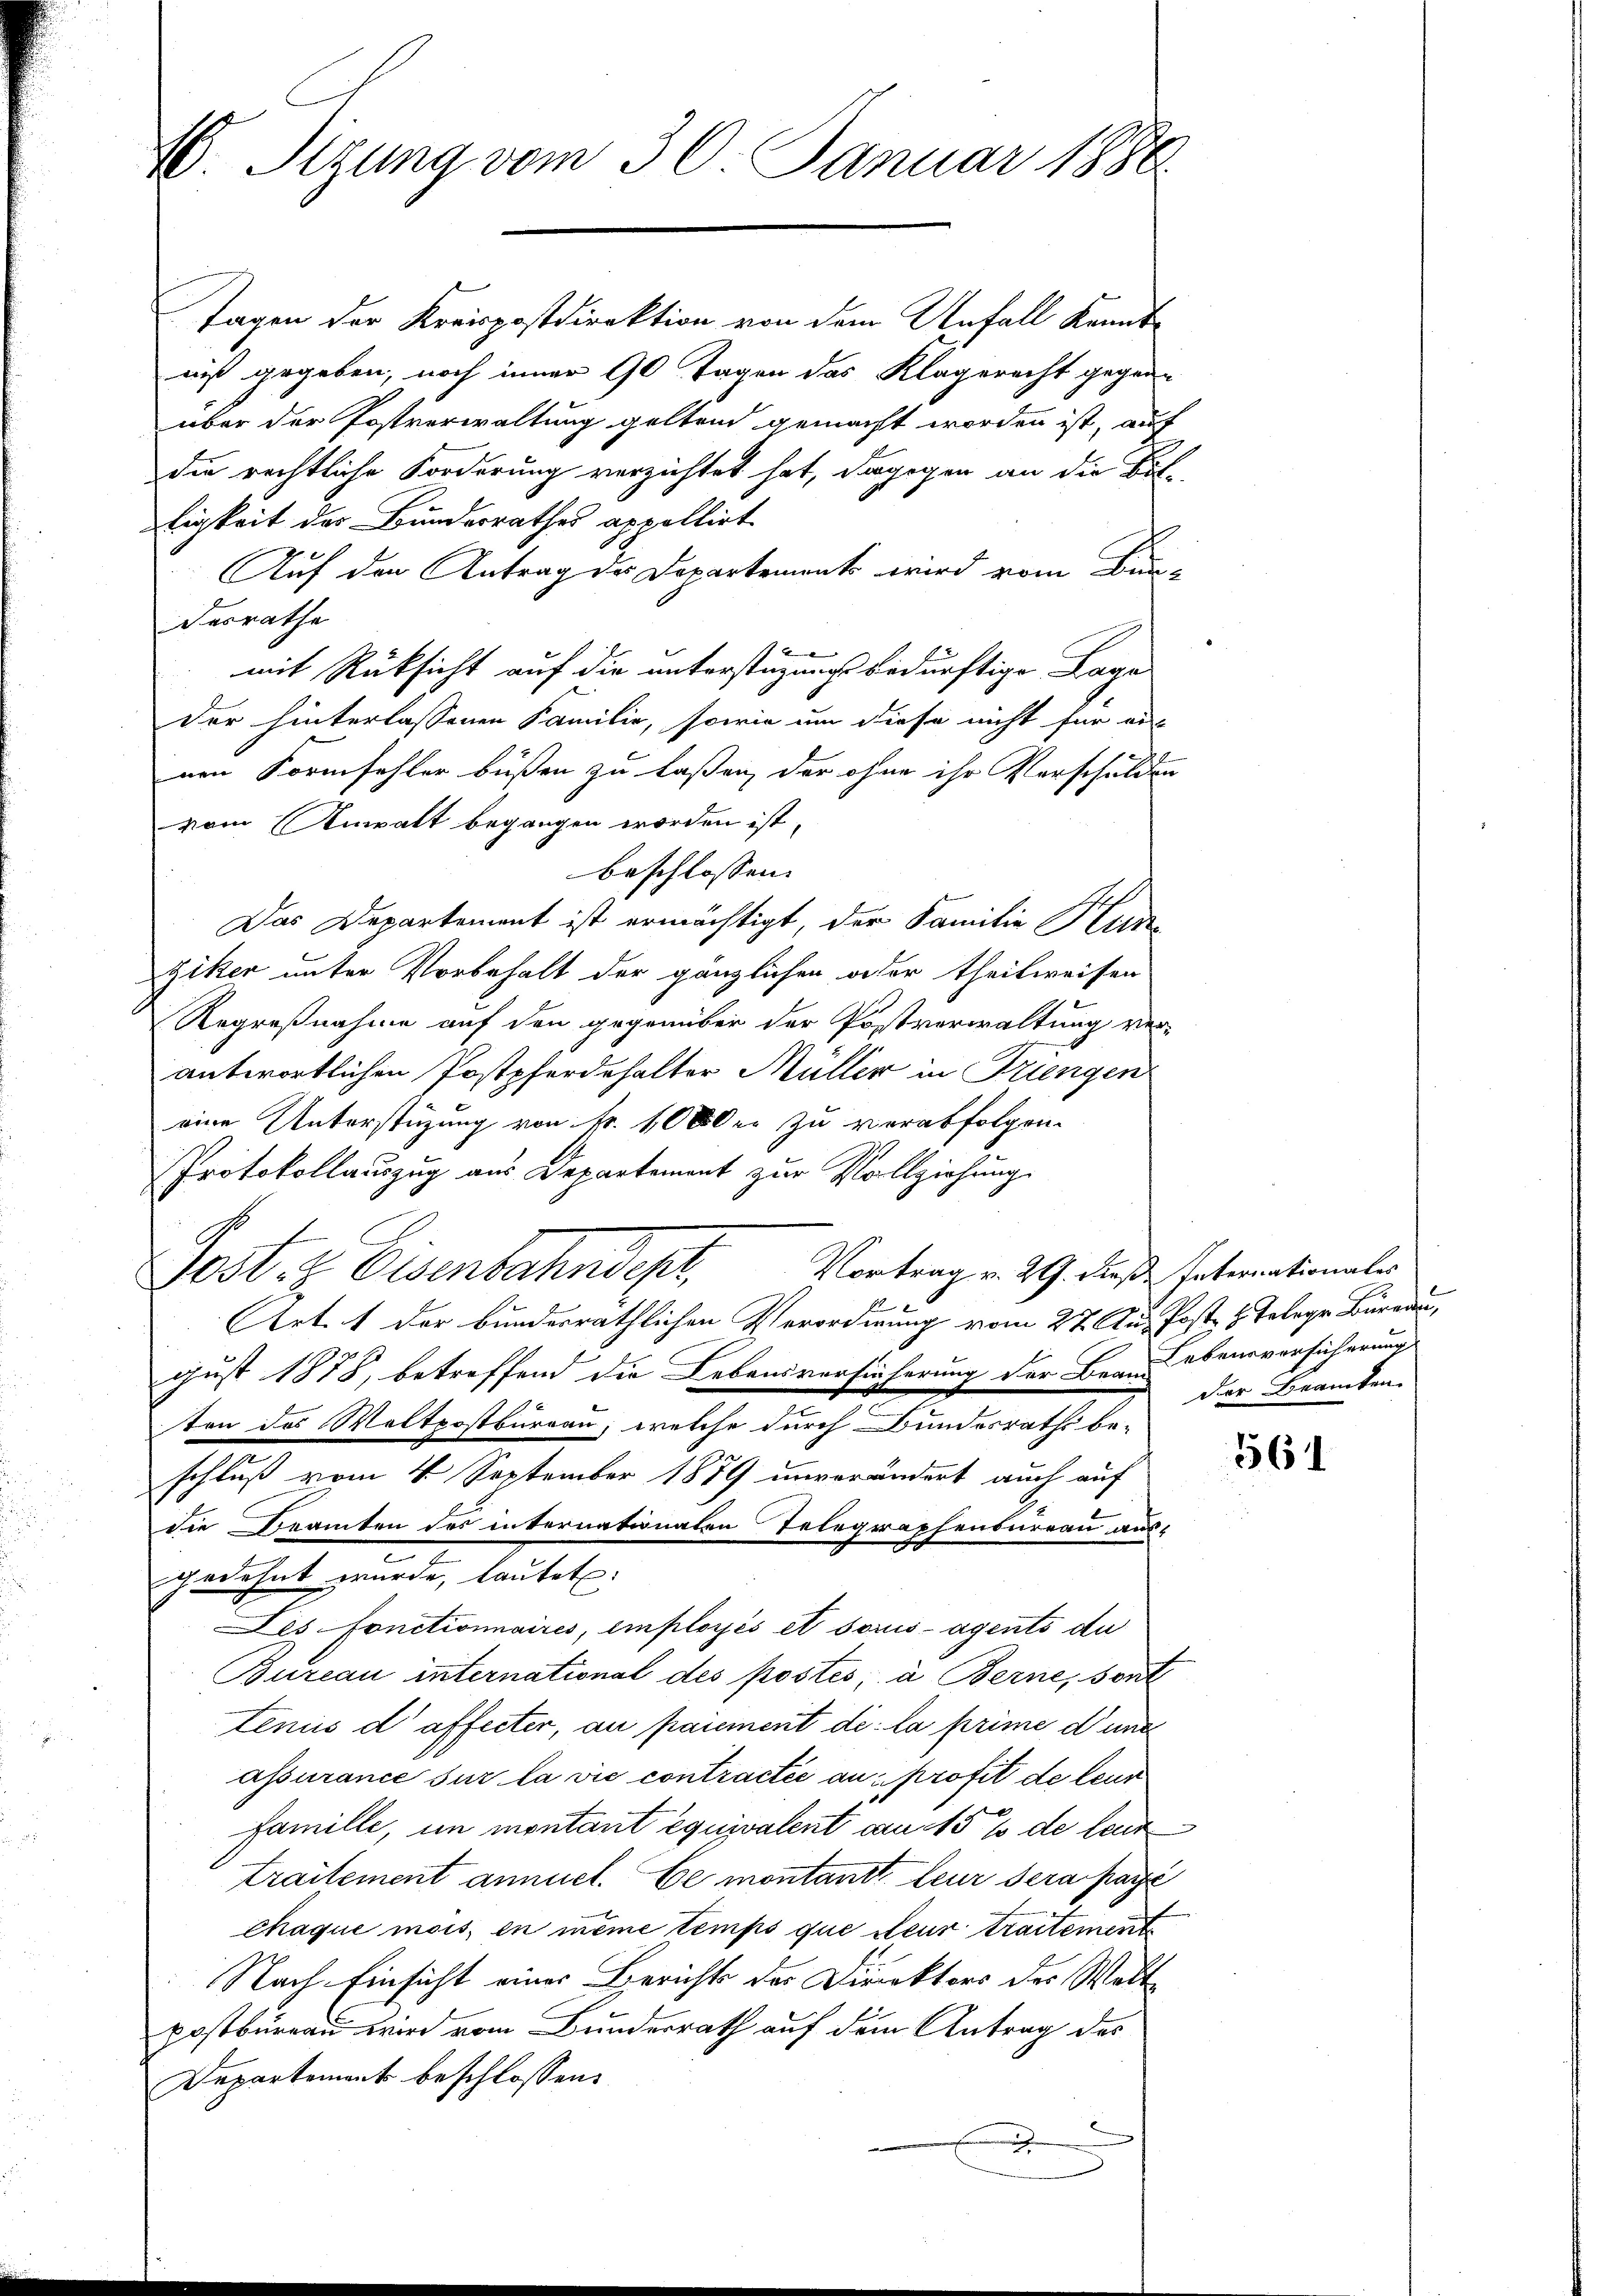
A. Sizung vom 30. Januar 1886.

Tagen der Kreispostdirektion von dem Anfall kenntniß gegeben, noch inner 90 Tagen das Klagerecht gegenn
über der Postverwaltung geltend gemacht worden ist, auf
die rechtliche Forderung verzichtet hat, dagegen an die Bil-
ligkeit der Bundesrathes appellirt
Auf den Antrag des Departement wird vom Bun¬
Fesrathe
mit Rücksicht auf die unterstüzungs bedürftige Lage
der hinterlassenen Familie, sowie um diese nicht für ein
nen Formfehler büßen zu laßen, der ohne ihr Verschulden
vom Anwalt begangen worden ist,
beschlossen:
Das Departement ist ermächtigt, der Familie Kungiker unter Vorbehalt der gänzlichen oder theilweisen
Regreßnahme auf den gegenüber der Postverwaltung ver-
antwortlichen Postpferdehalter Müller in Triengen
eine Unterstüzung von fr. 10 oder zu verabfolgen.
Protokollauszug aus Departement zur Vollziehung.
Vortrag v. 29. Dieß Internationales
Fest, z. Eisenbahndepr
Art. 1 der bundesräthlichen Verordnung vom 27. Aug. Post 4. Telege Büreau,
gust 1878, betreffend die Lebensversicherung der Beau ebensversicherung
ten des Woltpostbureau, welche durch Bundesraths be-
schluß vom 4. September 1889 unverändert auch auf
die Beamten des internationalen Telegraphensureau ausgedehnt wurde, lautet:
Les fonctionnaires, employés et sozusagents du
Bureau international des postés; à Berne, sont
tenus d’affecter, au paiement de la prime d’une
assurance sur la vie contractée au profit de leur
famille, im montant équivalent am 15 % de leur
Traitement annuel. De montantt leur sera pare
chaque mois, in même temps que steur traitement
Nach Einsicht eines Berichts des Direktors des Welt
postbureau wird vom Bundesrath auf dem Antrag des
Departement beschlossen:

der Beamten.

561